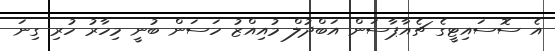
އެ ސޮސައިޓީގެ ޗެއާޕާސަން އަބްދުލް މުއިއްޒު ހަސަން ބުނީ މިހާރު ހުރި ގިނަ